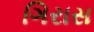
ગિરાસ